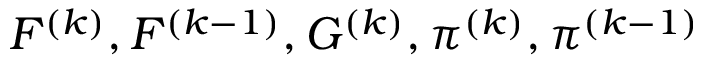
F ^ { ( k ) } , F ^ { ( k - 1 ) } , G ^ { ( k ) } , \pi ^ { ( k ) } , \pi ^ { ( k - 1 ) }